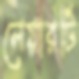
লেয়ারটি